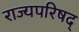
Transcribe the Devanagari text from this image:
राज्यपरिषद्